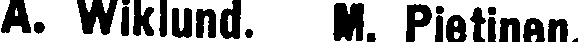
A. Wiklund. W. Pietinen.